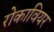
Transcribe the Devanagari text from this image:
रोकावियर